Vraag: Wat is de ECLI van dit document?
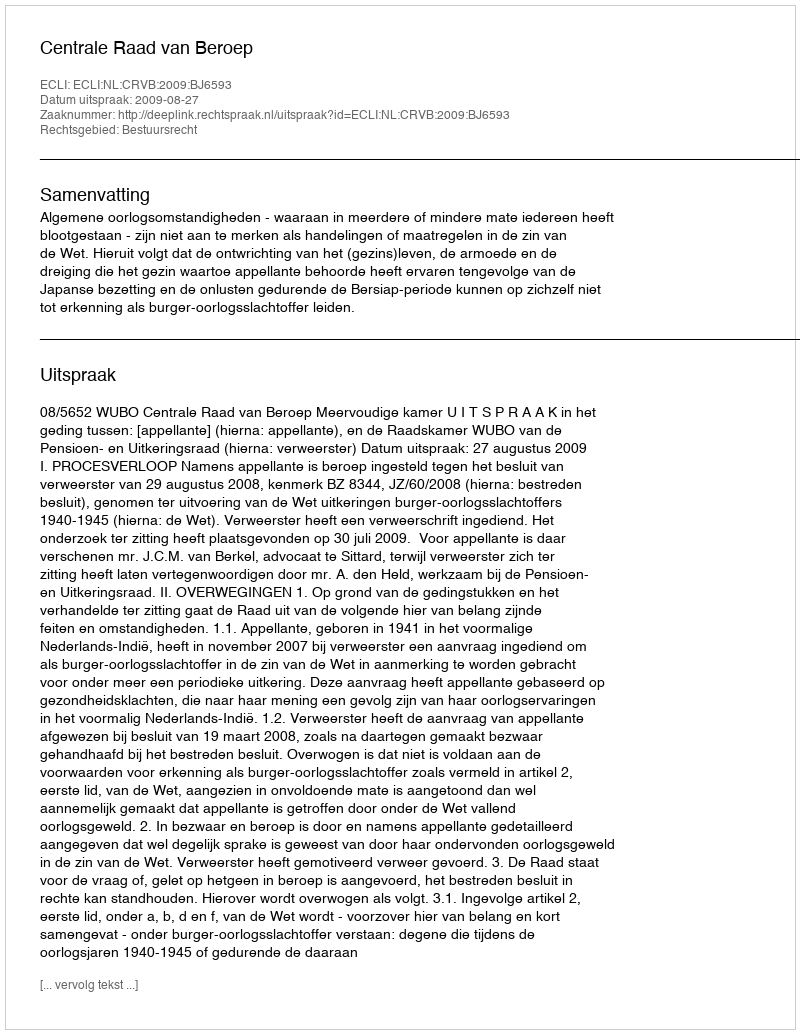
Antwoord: ECLI:NL:CRVB:2009:BJ6593